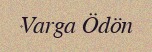
Varga Ödön